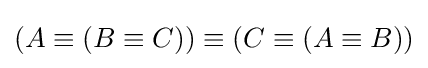
(A\equiv (B\equiv C))\equiv (C\equiv (A\equiv B))